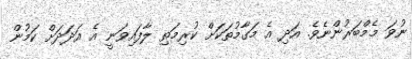
ނުވަ މެމްބަރުންނެވެ. އަދި އެ މަގާމުތަކަށް ކުރިމަތި ލާފައިވަނީ އެ އަދަދަށް ކަމުން